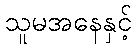
သူမအနေနှင့်